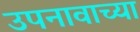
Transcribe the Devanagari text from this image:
उपनावाच्या